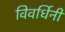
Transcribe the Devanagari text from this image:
विवर्धिनी